Vaccination in the Punjab 1867-1880 - 1867-1880
Year: 1867
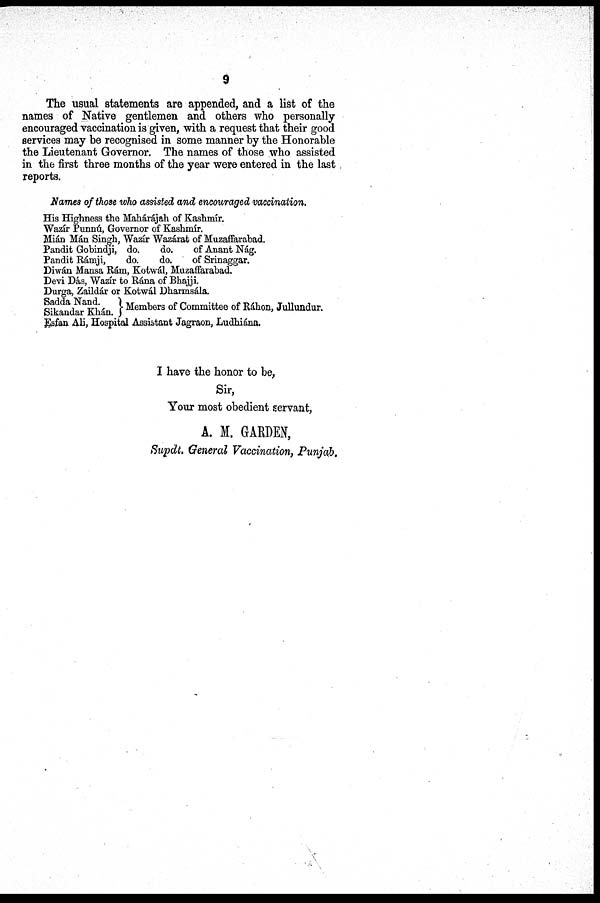
9
The usual statements are appended, and a list of the
names of Native gentlemen and others who personally
encouraged vaccination is given, with a request that their good
services may be recognised in some manner by the Honorable
the Lieutenant Governor. The names of those who assisted
in the first three months of the year were entered in the last
reports.
Names of those who assisted and encouraged vaccination.
His Highness the Mahárájah of Kashmír.
Wazír Punnú, Governor of Kashmir.
Mián Mán Singh, Wazír Wazárat of Muzaffarabad.
Pandit Gobindji, do.
do.
of Anant Nág.
Pandit Rámji,
do.
do.
of Srinaggar.
Diwán Mansa Rám, Kotwál, Muzaffarabad.
Devi Dás, Wazír to Rána of Bhajji.
Durga, Zaildár or Kotwál Dharmsála.
Sadda Nand.
Sikandar Khán.
Members of Committee of Ráhon, Jullundur.
Esfan Ali, Hospital Assistant Jagraon, Ludhiána.
I have the honor to be,
Sir,
Your most obedient servant,
A. M. GARDEN,
Supdt. General Vaccination, Punjab.